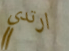
ارتدي